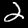
Label: 2